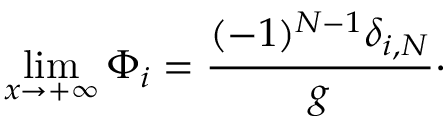
\operatorname * { l i m } _ { x \rightarrow + \infty } \Phi _ { i } = { \frac { ( - 1 ) ^ { N - 1 } \delta _ { i , N } } { g } } \cdotp